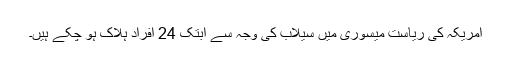
امریکہ کی ریاست میسوری میں سیلاب کی وجہ سے ابتک 24 افراد ہلاک ہو چکے ہیں۔